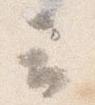
云